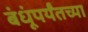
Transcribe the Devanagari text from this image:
बंधूंपर्यंतच्या